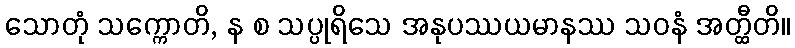
သောတုံ သက္ကောတိ, န စ သပ္ပုရိသေ အနုပဿယမာနဿ သဝနံ အတ္ထီတိ။